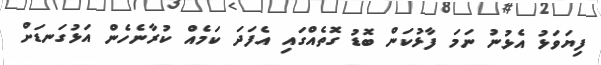
ފިޔަވަޅު އެޅުނު ނަމަ ފާޅުކަން ބޮޑު ގޮތެއްގައި އެފަދަ ކަމެއް ކުރާނެހެން އަޅުގަނޑަށް